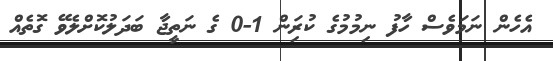
އެހެން ނަމަވެސް ހާފު ނިމުމުގެ ކުރިަން 1-0 ގެ ނަތީޖާ ބަދަލުކޮށްލެވޭ ގޮތެއް